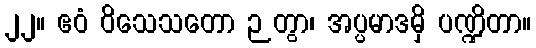
၂၂။ ဧဝံ ဝိသေသတော ဉတွာ၊ အပ္ပမာဒမှိ ပဏ္ဍိတာ။